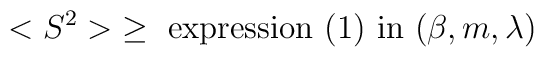
<S^2>\; \ge \mbox{ expression (1) in } (\beta, m, \lambda)